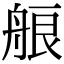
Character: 艆